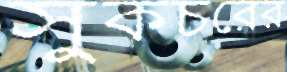
সুকচরের